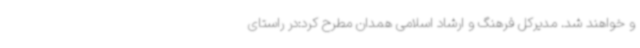
و خواهند شد. مدیرکل فرهنگ و ارشاد اسلامی همدان مطرح کرد:در راستای